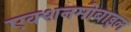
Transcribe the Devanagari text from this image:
एक्शनमोबाइल